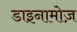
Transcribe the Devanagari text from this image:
डाइनामोज़